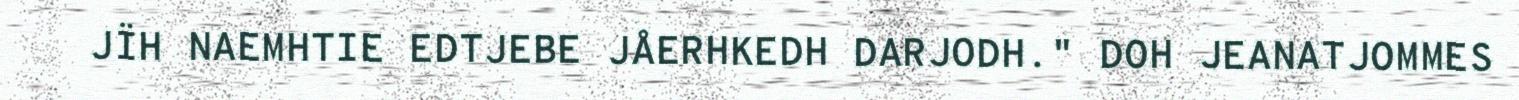
JÏH NAEMHTIE EDTJEBE JÅERHKEDH DARJODH." DOH JEANATJOMMES